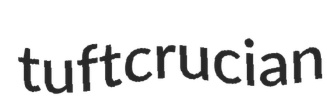
tuft crucian